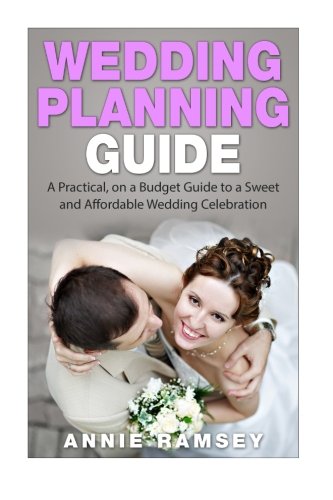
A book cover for Wedding Planning Guide: A Practical, on a Budget Guide to a Sweet and Affordable Wedding Celebration (Wedding ideas, Wedding tips, Step by Step Wedding Planning); Annie Ramsey; Crafts, Hobbies & Home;